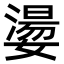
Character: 𡢈